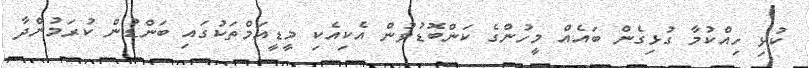
ކުޅި ހިއްކުމާ ގުޅިގެން ބައެއް މީހުންގެ ކަންބޮޑުވުން އެކިއެކި މީޑީއަމްތަކުގައި ބަންޑުން ކުރަމުންދާ